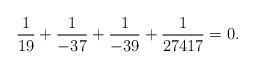
LaTeX: \begin{align*}\frac{1}{19}+\frac{1}{-37}+\frac{1}{-39}+\frac{1}{27417}=0.\end{align*}